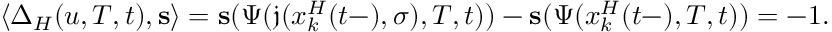
\langle \Delta _ { H } ( u , T , t ) , \mathbf { s } \rangle = \mathbf { s } ( \Psi ( \mathfrak { j } ( x _ { k } ^ { H } ( t - ) , \sigma ) , T , t ) ) - \mathbf { s } ( \Psi ( x _ { k } ^ { H } ( t - ) , T , t ) ) = - 1 .